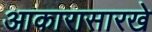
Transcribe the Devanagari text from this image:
आकारासारखे